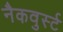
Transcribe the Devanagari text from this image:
नैकवुर्स्ट